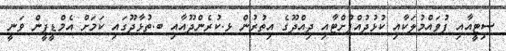
ސިޓީއާއި ފުވައްމުލަކާއި ކުޅުދުއްފުށްޓާއި ދިއްދޫގެ އިތުރުން ޅ.ކުރެންދޫއާއި ބ.ތުޅާދޫގައި ކަމަށް އެމްޑީޕީން ވަނީ